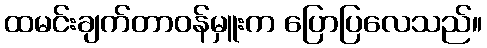
ထမင်းချက်တာဝန်မှူးက ပြောပြလေသည်။